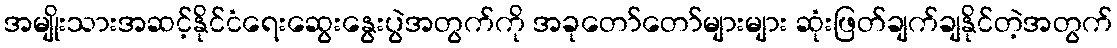
အမျိုးသားအဆင့်နိုင်ငံရေးဆွေးနွေးပွဲအတွက်ကို အခုတော်တော်များများ ဆုံးဖြတ်ချက်ချနိုင်တဲ့အတွက်